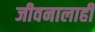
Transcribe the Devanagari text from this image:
जीवनालाही